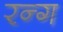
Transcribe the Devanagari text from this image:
रन्ग